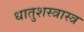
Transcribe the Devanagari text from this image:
धातुशस्त्रास्त्र